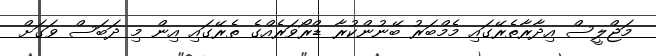
މަޖްލީސް އިދާރާތެރޭގައި މެމްބަރު ބޭނުންކުރާ ޑްރޯވަރެއްގެ ތެރޭގައި އިން މި ދަބަސް ވަގަށް